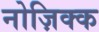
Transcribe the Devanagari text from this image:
नोज़िक्क